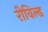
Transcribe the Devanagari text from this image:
रीविल्ड